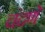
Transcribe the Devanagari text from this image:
चंदणे